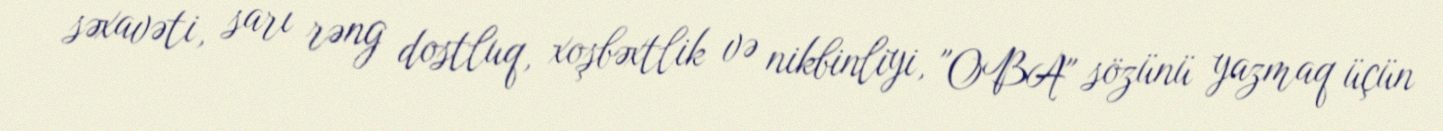
səxavəti, sarı rəng dostluq, xoşbəxtlik və nikbinliyi, "OBA" sözünü yazmaq üçün